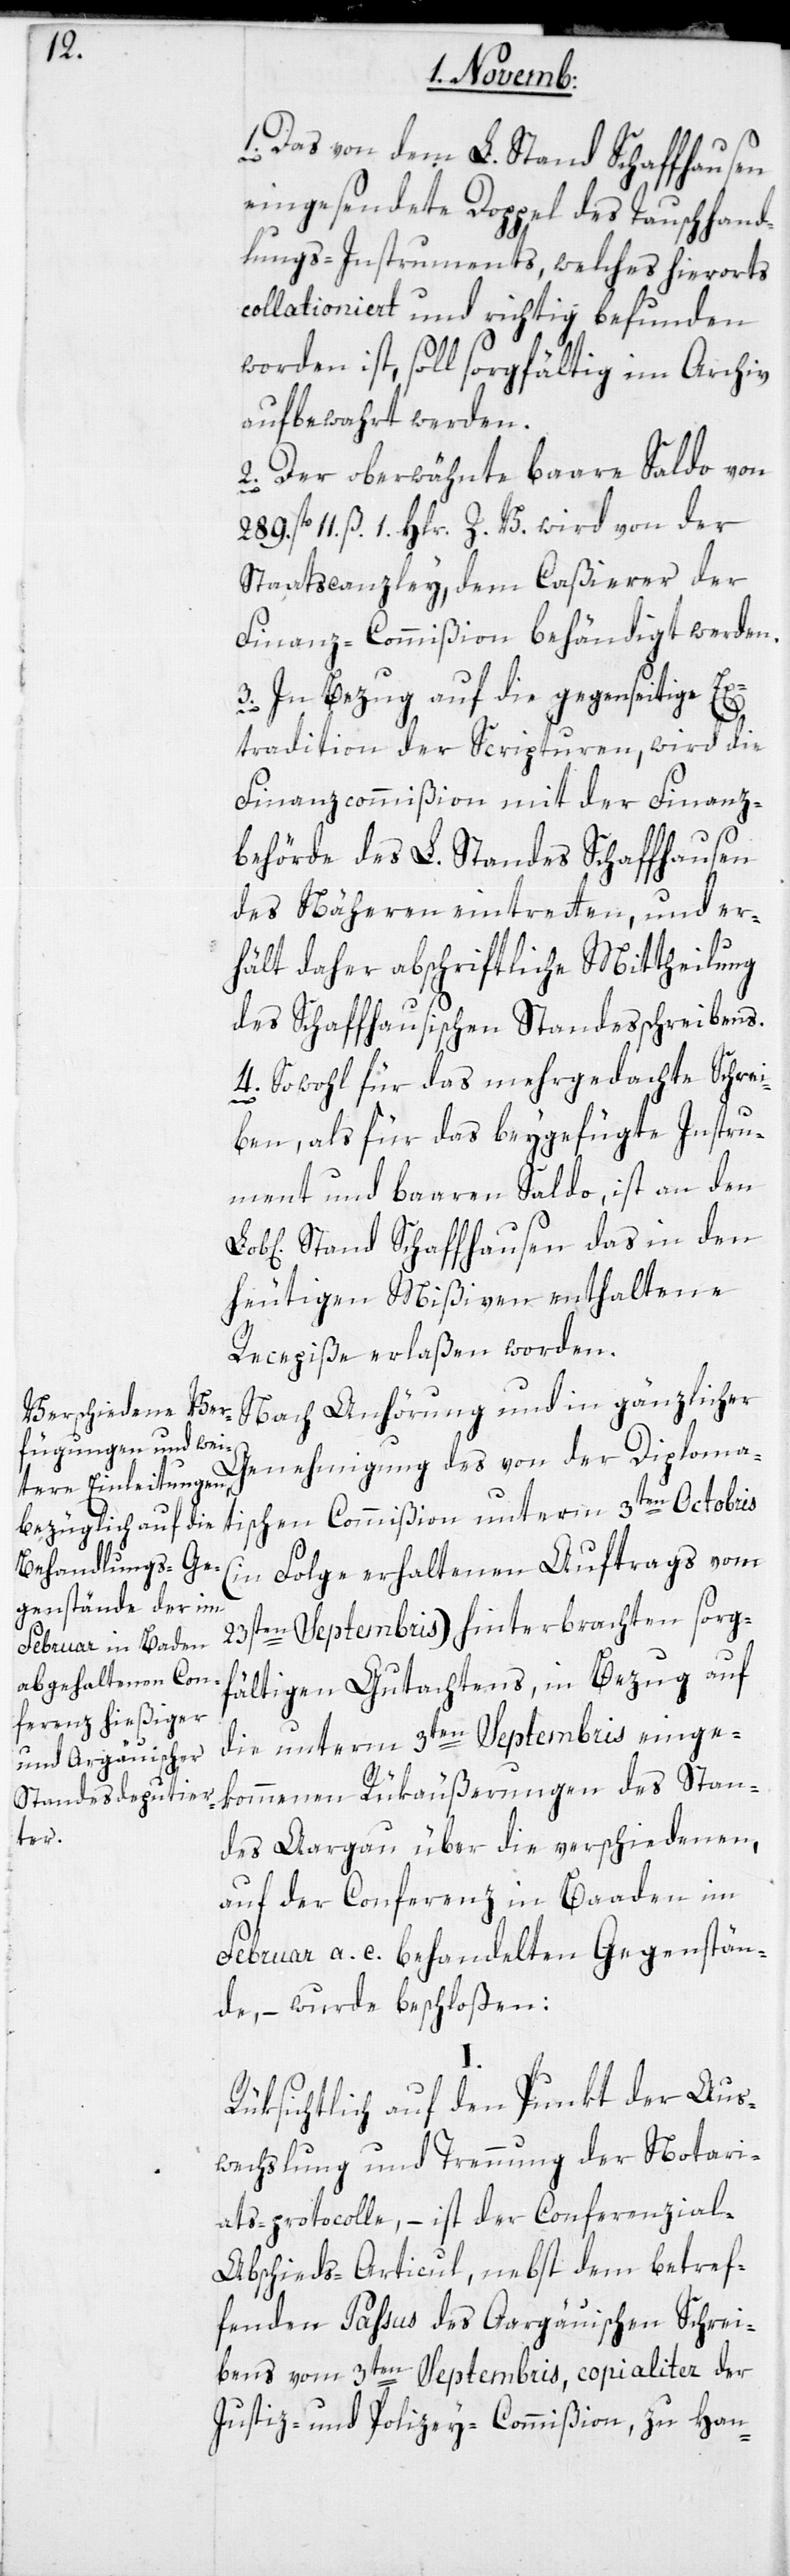
1. Das von dem L. Stand Schaffhausen
eingesendete Doppel des Tauschhand¬
lungs-Instruments, welches hierorts
collationiert und richtig befunden
worden ist, soll sorgfältig im Archiv
aufbewahrt werden.
2. Der oberwähnte baare Saldo von
11. ß. 1. Hlr. Z. V. wird von der
Staatscanzley dem Caßierer der
Finanz-Commißion behändigt werden.
3. In Bezug auf die gegenseitige Ex¬
tradition der Scripturen, wird die
Finanzcommißion mit der Finanz¬
behörde des L. Standes Schaffhausen
des näheren eintreten, und er¬
hält daher abschriftliche Mittheilung
des schaffhausischen Standesschreibens.
4. Sowohl für das mehrgedachte Schrei¬
ben als für das beygefügte Instru¬
ment und baaren Saldo, ist an den
Stand Schaffhausen das in den
heutigen Mißiven enthaltene
Recepiße erlaßen worden.
Nach Anhörung und in gänzlicher
Genehmigung des von der Diploma¬
tischen Commißion unterm 3ten Octobris
(in Folge erhaltenen Auftrags vom
23sten Septembris) hinterbrachten sorg¬
fältigen Gutachtens, in Bezug auf
die unterm 3ten Septembris einge¬
kommenen Rükäußerungen des Stan¬
des Aargau, über die verschiedenen,
auf der Conferenz in Baden im
Februar a. c. behandelten Gegenstän¬
de, – wurde beschloßen:
Rüksichtlich auf den Punkt der Aus¬
wechslung und Trennung der Notari¬
ats-Protocolle, – ist der Conferenzia¬
l-Abschieds-Articul, nebst dem betref¬
fenden Passus des Aargauischen Schrei¬
bens vom 3ten Septembris, copialiter der
Justiz- und Polizey-Commißion, zu Han-